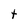
Character: t